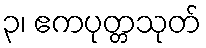
၃၊ ဧကပုတ္တသုတ်